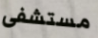
مستشفى